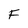
Character: F